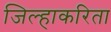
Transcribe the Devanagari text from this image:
जिल्हाकरिता